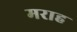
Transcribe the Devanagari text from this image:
मराह